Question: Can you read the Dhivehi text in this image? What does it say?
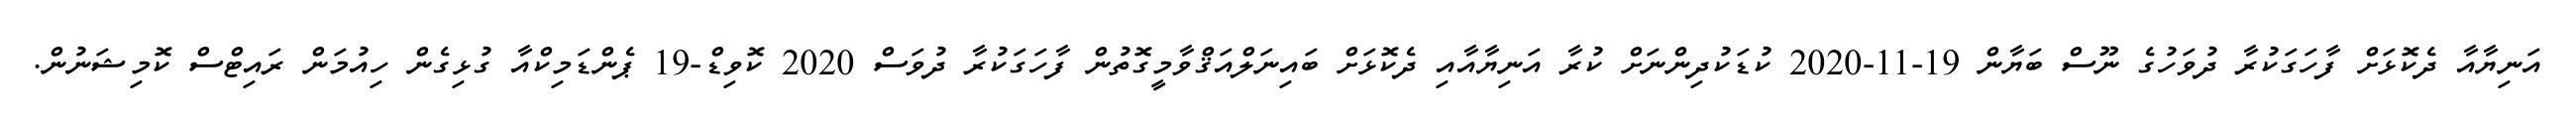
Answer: އަނިޔާއާ ދެކޮޅަށް ފާހަގަކުރާ ދުވަހުގެ ނޫސް ބަޔާން 19-11-2020 ކުޑަކުދިންނަށް ކުރާ އަނިޔާއާއި ދެކޮޅަށް ބައިނަލްއަޤްވާމީގޮތުން ފާހަގަކުރާ ދުވަސް 2020 ކޮވިޑް-19 ޕެންޑަމިކްއާ ގުޅިގެން ހިއުމަން ރައިޓްސް ކޮމިޝަނުން.